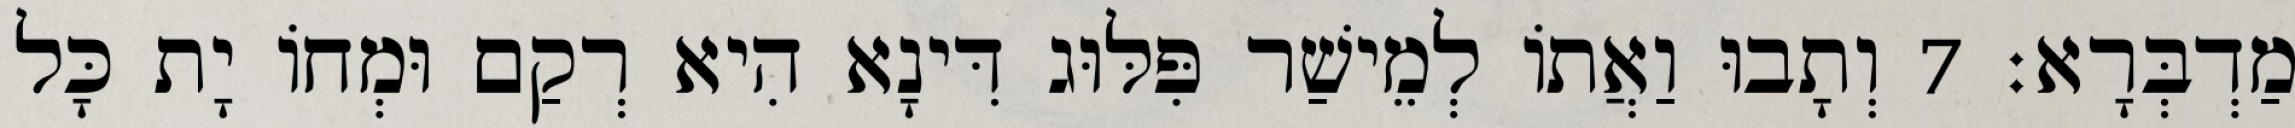
מַדְבְּרָא׃ 7 וְתָבוּ וַאֲתוֹ לְמֵישַׁר פִּלּוּג דִּינָא הִיא רְקַם וּמְחוֹ יָת כָּל